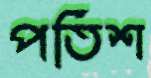
পতিশ